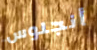
أنجلوس